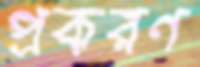
প্রকরণ